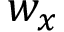
w _ { x }